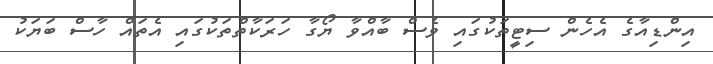
އިންޑިއާގެ އެހެން ސިޓީތަކުގައި ވެސް ބާއްވާ ޔޯގާ ހަރަކާތްތަކުގައި އެތައް ހާސް ބަޔަކު